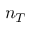
n _ { T }